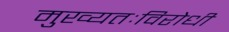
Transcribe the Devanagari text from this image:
मुख्यतःविरोधी